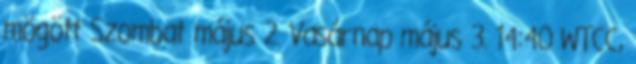
mögött Szombat május 2. Vasárnap május 3. 14:40 WTCC,